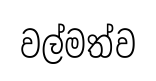
වල්මත්ව